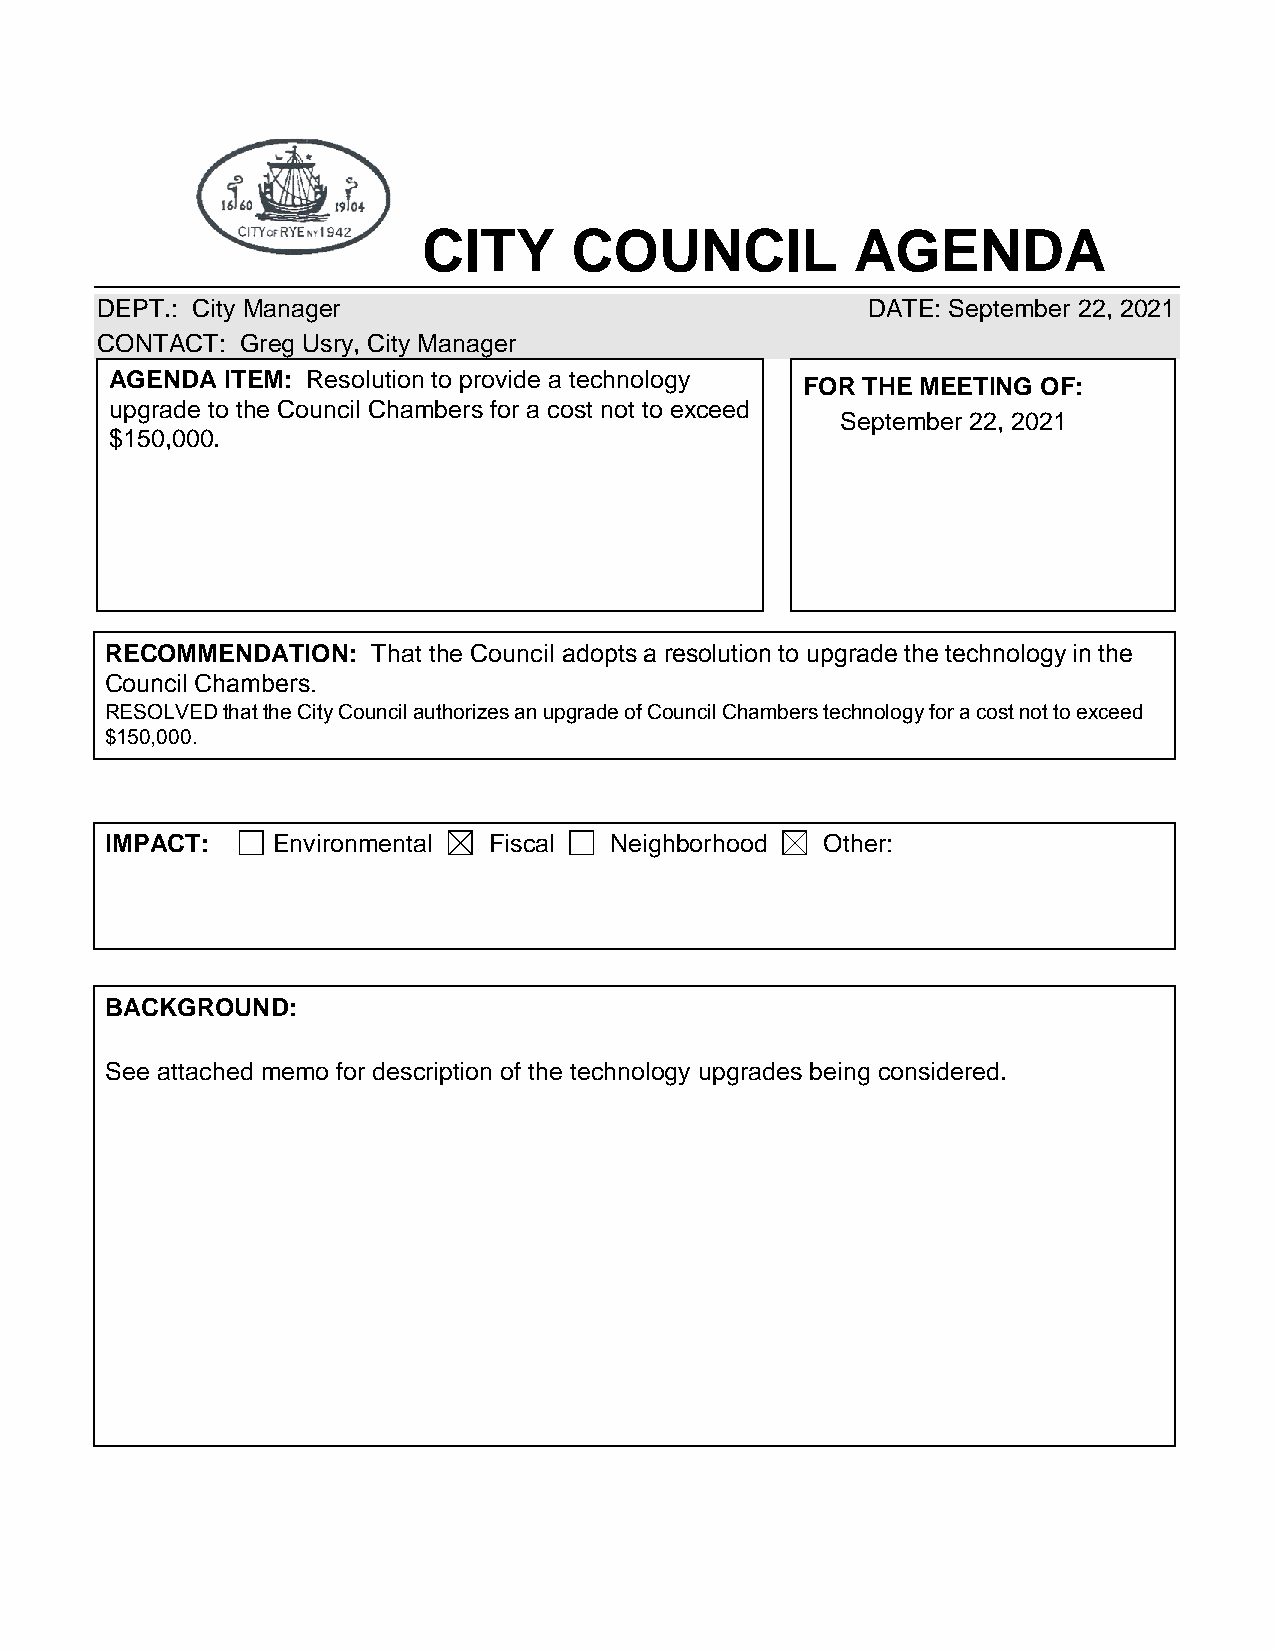
CITY      COUNCIL            AGENDA
 DEPT.: City Manager                                DATE: September 22, 2021
 CONTACT:  Greg Usry, City Manager
 AGENDA  ITEM: Resolution to provide a technology FOR THE MEETING OF:
 upgrade to the Council Chambers for a cost not to exceed
 September 22, 2021
 $150,000.
 RECOMMENDATION:   That the Council adopts a resolution to upgrade the technology in the
 Council Chambers.
 RESOLVED that the City Council authorizes an upgrade of Council Chambers technology for a cost not to exceed
 $150,000.
 IMPACT:    Environmental Fiscal  Neighborhood   Other:
 BACKGROUND:
 See attached memo for description of the technology upgrades being considered.